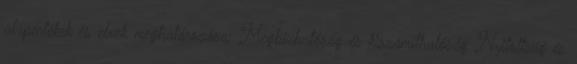
alapértékek és elvek meghatározása: Megbízhatóság és kiszámíthatóság Nyitottság és